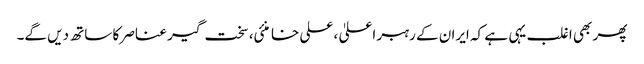
پھر بھی اغلب یہی ہے کہ ایران کے رہبر اعلیٰ ، علی خامنئی، سخت گیر عناصر کا ساتھ دیں گے۔